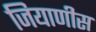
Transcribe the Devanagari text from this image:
जियाणीस